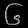
Digit: ၆